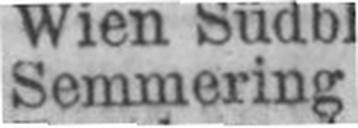
Semmering